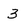
Character: 3